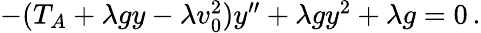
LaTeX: \begin{array}{r}{-(T_{A}+\lambda gy-\lambda v_{0}^{2})y^{\prime\prime}+\lambda gy^{2}+\lambda g=0\, .}\end{array}